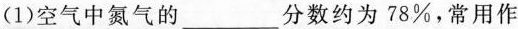
(1)空气中氮气的_______分数约为78\%，常用作